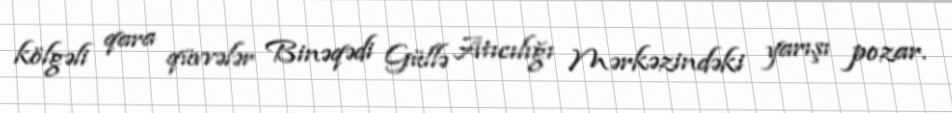
kölgəli qara qüvvələr Binəqədi Güllə Atıcılığı Mərkəzindəki yarışı pozar.